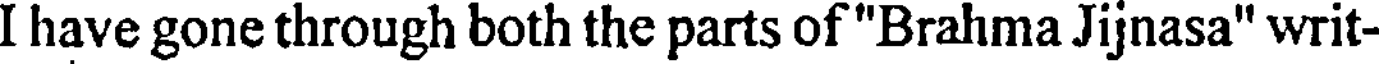
I have gone through both the parts of "Brahma Jijnasa" writ-